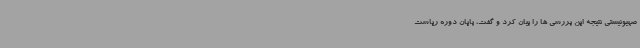
صهیونیستی نتیجه این بررسی ها را بیان کرد و گفت، پایان دوره ریاست